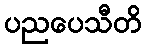
ပညပေသီတိ